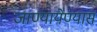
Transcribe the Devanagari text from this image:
जाण्यायेण्यास